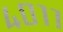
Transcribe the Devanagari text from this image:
४०११